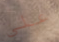
علي